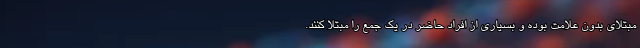
مبتلای بدون علامت بوده و بسیاری از افراد حاضر در یک جمع را مبتلا کنند.